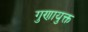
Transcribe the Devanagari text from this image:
गुणायुक्त